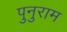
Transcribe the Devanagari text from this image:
पुनुराम